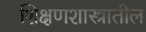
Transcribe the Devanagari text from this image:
शिक्षणशास्त्रातील